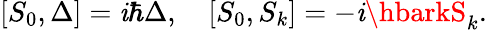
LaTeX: [S_{0},\Delta]=\mathit{i}\hbar\Delta,\quad[S_{0},S_{k}]=-\mathit{i}\hbarkS_{k}.